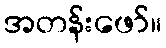
အတန်းဖော်။